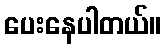
ပေးနေပါတယ်။